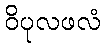
ဝိပုလဖလံ